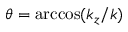
\theta = \operatorname { a r c c o s } ( { k _ { z } } / { k } )